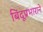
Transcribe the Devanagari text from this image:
बिंदूप्रभाराने